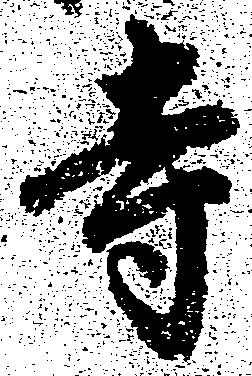
寺